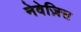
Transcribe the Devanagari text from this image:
नेवेज़िस